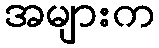
အများက